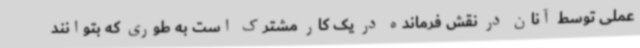
عملی توسط آنان در نقش فرمانده در یک کار مشترک است به طوری که بتوانند